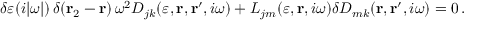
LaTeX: \delta \varepsilon ( i | \omega | ) \, \delta ( { \bf r } _ { 2 } - { \bf r } ) \, \omega ^ { 2 } D _ { j k } ( \varepsilon , { \bf r } , { \bf r } ^ { \prime } , i \omega ) + L _ { j m } ( \varepsilon , { \bf r } , i \omega ) \delta D _ { m k } ( { \bf r } , { \bf r } ^ { \prime } , i \omega ) = 0 \, .